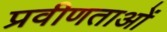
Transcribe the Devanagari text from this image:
प्रवीणताओं